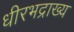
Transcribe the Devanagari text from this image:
धीरभद्राख्य